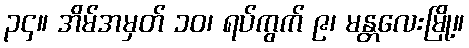
၃၄။ အိမ်အမှတ် ၁၀၊ ရပ်ကွက် ၉၊ မန္တလေးမြို့။